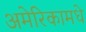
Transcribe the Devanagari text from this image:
अमेरिकामधे